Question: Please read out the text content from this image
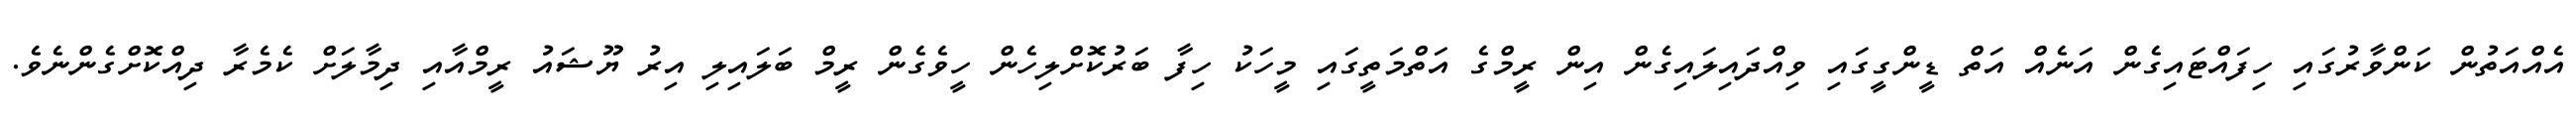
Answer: އެއްއަތުން ކަންވާރުގައި ހިފައްޓައިގެން އަނެއް އަތް ޑީންގީގައި ވިއްދައިލައިގެން އިން ރީމްގެ އަތްމަތީގައި މީހަކު ހިފާ ބަރުކޮށްލިހެން ހީވެގެން ރީމް ބަލައިލި އިރު ޔޫޝައު ރީމްއާއި ދިމާލަށް ކެމެރާ ދިއްކޮށްގެންނެވެ.